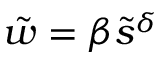
\tilde { w } = \beta \tilde { s } ^ { \delta }